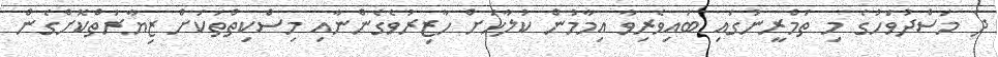
ދެ މަސްދުވަހުގެ މި ތަމްރީނުގައި ބައިވެރިވާ އިމާމުން ކުލާހަށް ހާޒިރުވެގެންނާއި މިސްކިތްތަކަށް ޒިޔާރަތްކޮށްގެން